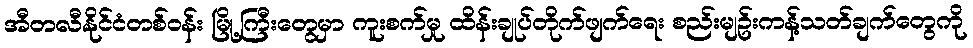
အီတလီနိုင်ငံတစ်ဝန်း မြို့ကြီးတွေမှာ ကူးစက်မှု ထိန်းချုပ်တိုက်ဖျက်ရေး စည်းမျဥ်းကန့်သတ်ချက်တွေကို